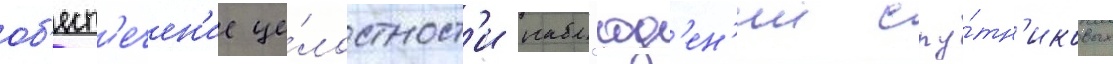
об'есп'ечен'ие це́лостност'и набл'юд'ен'ии спу́тн'иковых